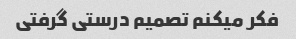
فکر میکنم تصمیم درستی گرفتی